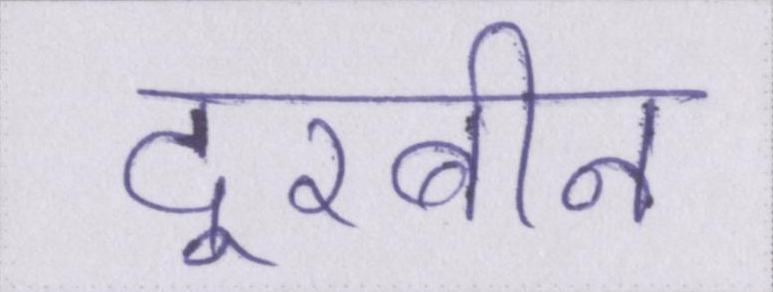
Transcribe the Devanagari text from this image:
दूरबीन